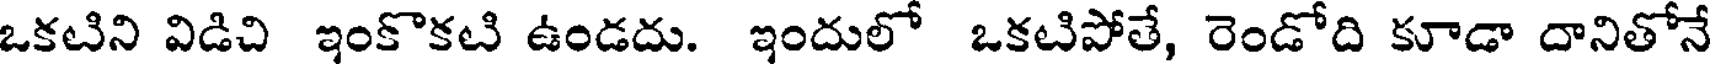
ఒకటిని విడిచి ఇంకొకటి ఉండదు. ఇందులో ఒకటిపోతే, రెండోది కూడా దానితోనే